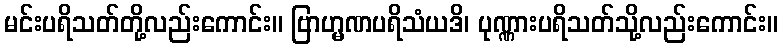
မင်းပရိသတ်တို့လည်းကောင်း။ ဗြာဟ္မဏပရိသံယဒိ၊ ပုဏ္ဏားပရိသတ်သို့လည်းကောင်း။